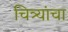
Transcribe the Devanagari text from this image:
चित्र्यांचा